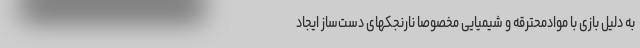
به دلیل بازی با موادمحترقه و شیمیایی مخصوصاً نارنجکهای دست‌ساز ایجاد